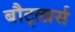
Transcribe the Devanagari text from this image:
बौट्लार्स